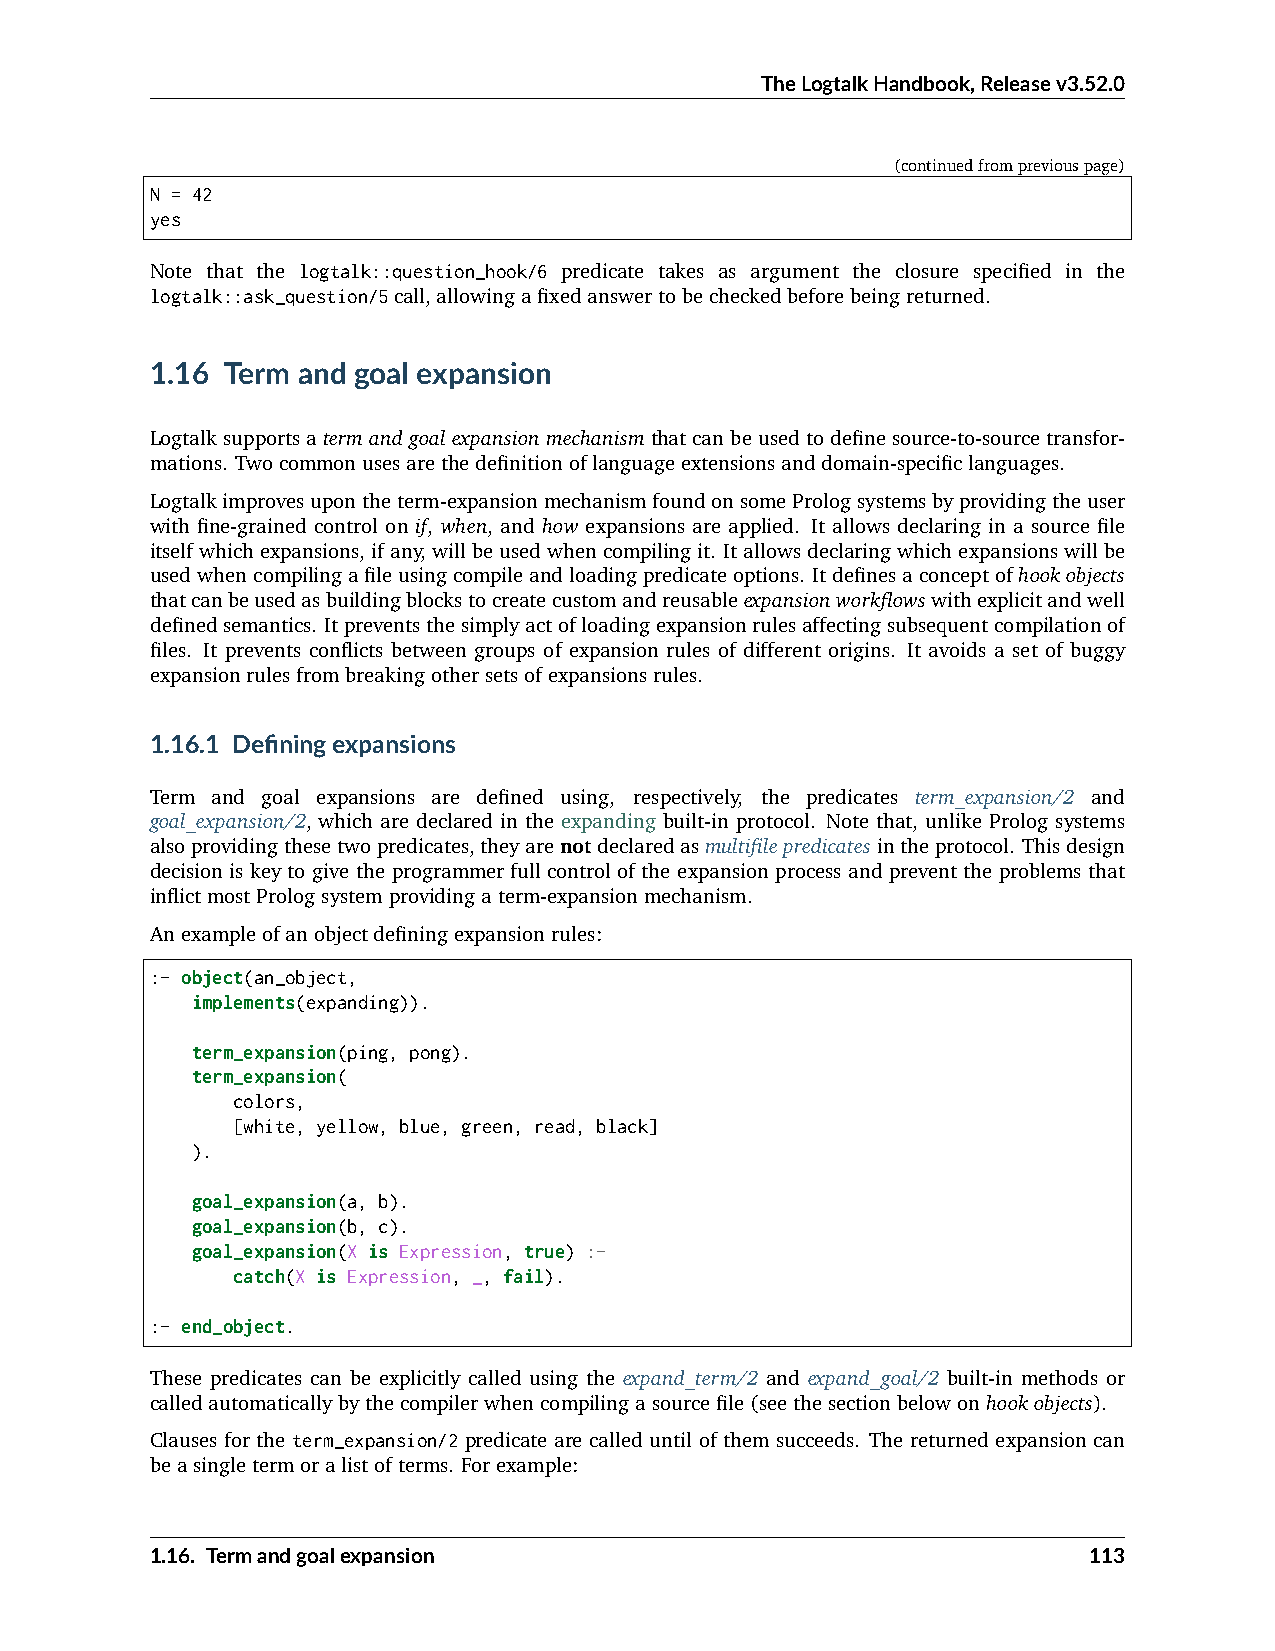
TheLogtalkHandbook,Releasev3.52.0
 (continuedfrompreviouspage)
 N = 42
 yes
 Note that the logtalk::question_hook/6 predicate takes as argument the closure specified in the
 logtalk::ask_question/5call,allowingafixedanswertobecheckedbeforebeingreturned.
 1.16 Term and goal expansion
 Logtalksupportsatermandgoalexpansionmechanismthatcanbeusedtodefinesource-to-sourcetransfor-
 mations. Twocommonusesarethedefinitionoflanguageextensionsanddomain-specificlanguages.
 Logtalkimprovesupontheterm-expansionmechanismfoundonsomePrologsystemsbyprovidingtheuser
 with fine-grained control on if, when, and how expansions are applied. It allows declaring in a source file
 itselfwhichexpansions,ifany,willbeusedwhencompilingit. Itallowsdeclaringwhichexpansionswillbe
 usedwhencompilingafileusingcompileandloadingpredicateoptions. Itdefinesaconceptofhookobjects
 thatcanbeusedasbuildingblockstocreatecustomandreusableexpansionworkflowswithexplicitandwell
 definedsemantics. Itpreventsthesimplyactofloadingexpansionrulesaffectingsubsequentcompilationof
 files. It prevents conflicts between groups of expansion rules of different origins. It avoids a set of buggy
 expansionrulesfrombreakingothersetsofexpansionsrules.
 1.16.1 Definingexpansions
 Term and goal expansions are defined using, respectively, the predicates term_expansion/2 and
 goal_expansion/2, which are declared in the expanding built-in protocol. Note that, unlike Prolog systems
 alsoprovidingthesetwopredicates,theyarenotdeclaredasmultifilepredicatesintheprotocol. Thisdesign
 decision is key to give the programmer full control of the expansion process and prevent the problems that
 inflictmostPrologsystemprovidingaterm-expansionmechanism.
 Anexampleofanobjectdefiningexpansionrules:
 :- object(an_object,
 implements(expanding)).
 term_expansion(ping, pong).
 term_expansion(
 colors,
 [white, yellow, blue, green, read, black]
 ).
 goal_expansion(a, b).
 goal_expansion(b, c).
 goal_expansion(X is Expression, true) :-
 catch(X is Expression, _, fail).
 :- end_object.
 These predicates can be explicitly called using the expand_term/2 and expand_goal/2 built-in methods or
 calledautomaticallybythecompilerwhencompilingasourcefile(seethesectionbelowonhookobjects).
 Clauses for the term_expansion/2 predicate are called until of them succeeds. The returned expansion can
 beasingletermoralistofterms. Forexample:
 1.16. Termandgoalexpansion                                    113